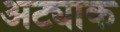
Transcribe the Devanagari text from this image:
अट्याक